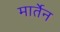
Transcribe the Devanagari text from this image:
मार्तेन